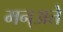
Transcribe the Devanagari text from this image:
मन्अते